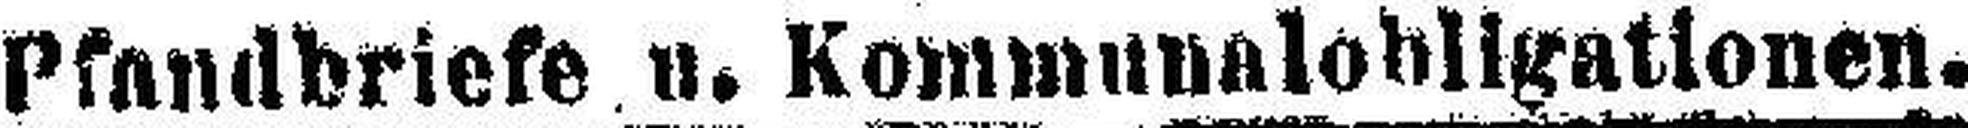
Pfandbriefe u. Kommunalobligationen.